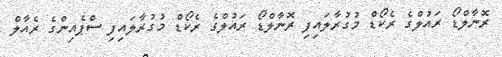
ރޮނާލްޑޯ ރައުލްގެ ރެކޯޑް މުގުރާލައިފި ރޮނާލްޑޯ ރައުލްގެ ރެކޯޑް މުގުރާލައިފި ސްޕެއިންގެ ރެއާލް